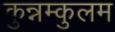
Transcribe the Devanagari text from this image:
कुन्नम्कुलम